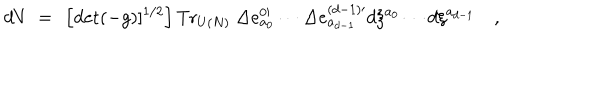
d V ~ = ~ \left[ \mathrm { d e t } ( - g ) ] ^ { 1 / 2 } \right] \mathrm { T r } _ { U ( N ) } ~ \Delta e _ { a _ { 0 } } ^ { 0 \prime } \cdots \Delta e _ { a _ { d - 1 } } ^ { ( d - 1 ) \prime } d \xi ^ { a _ { 0 } } \cdots d \xi ^ { a _ { d - 1 } } \quad ,